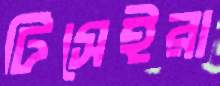
টিসেইরা